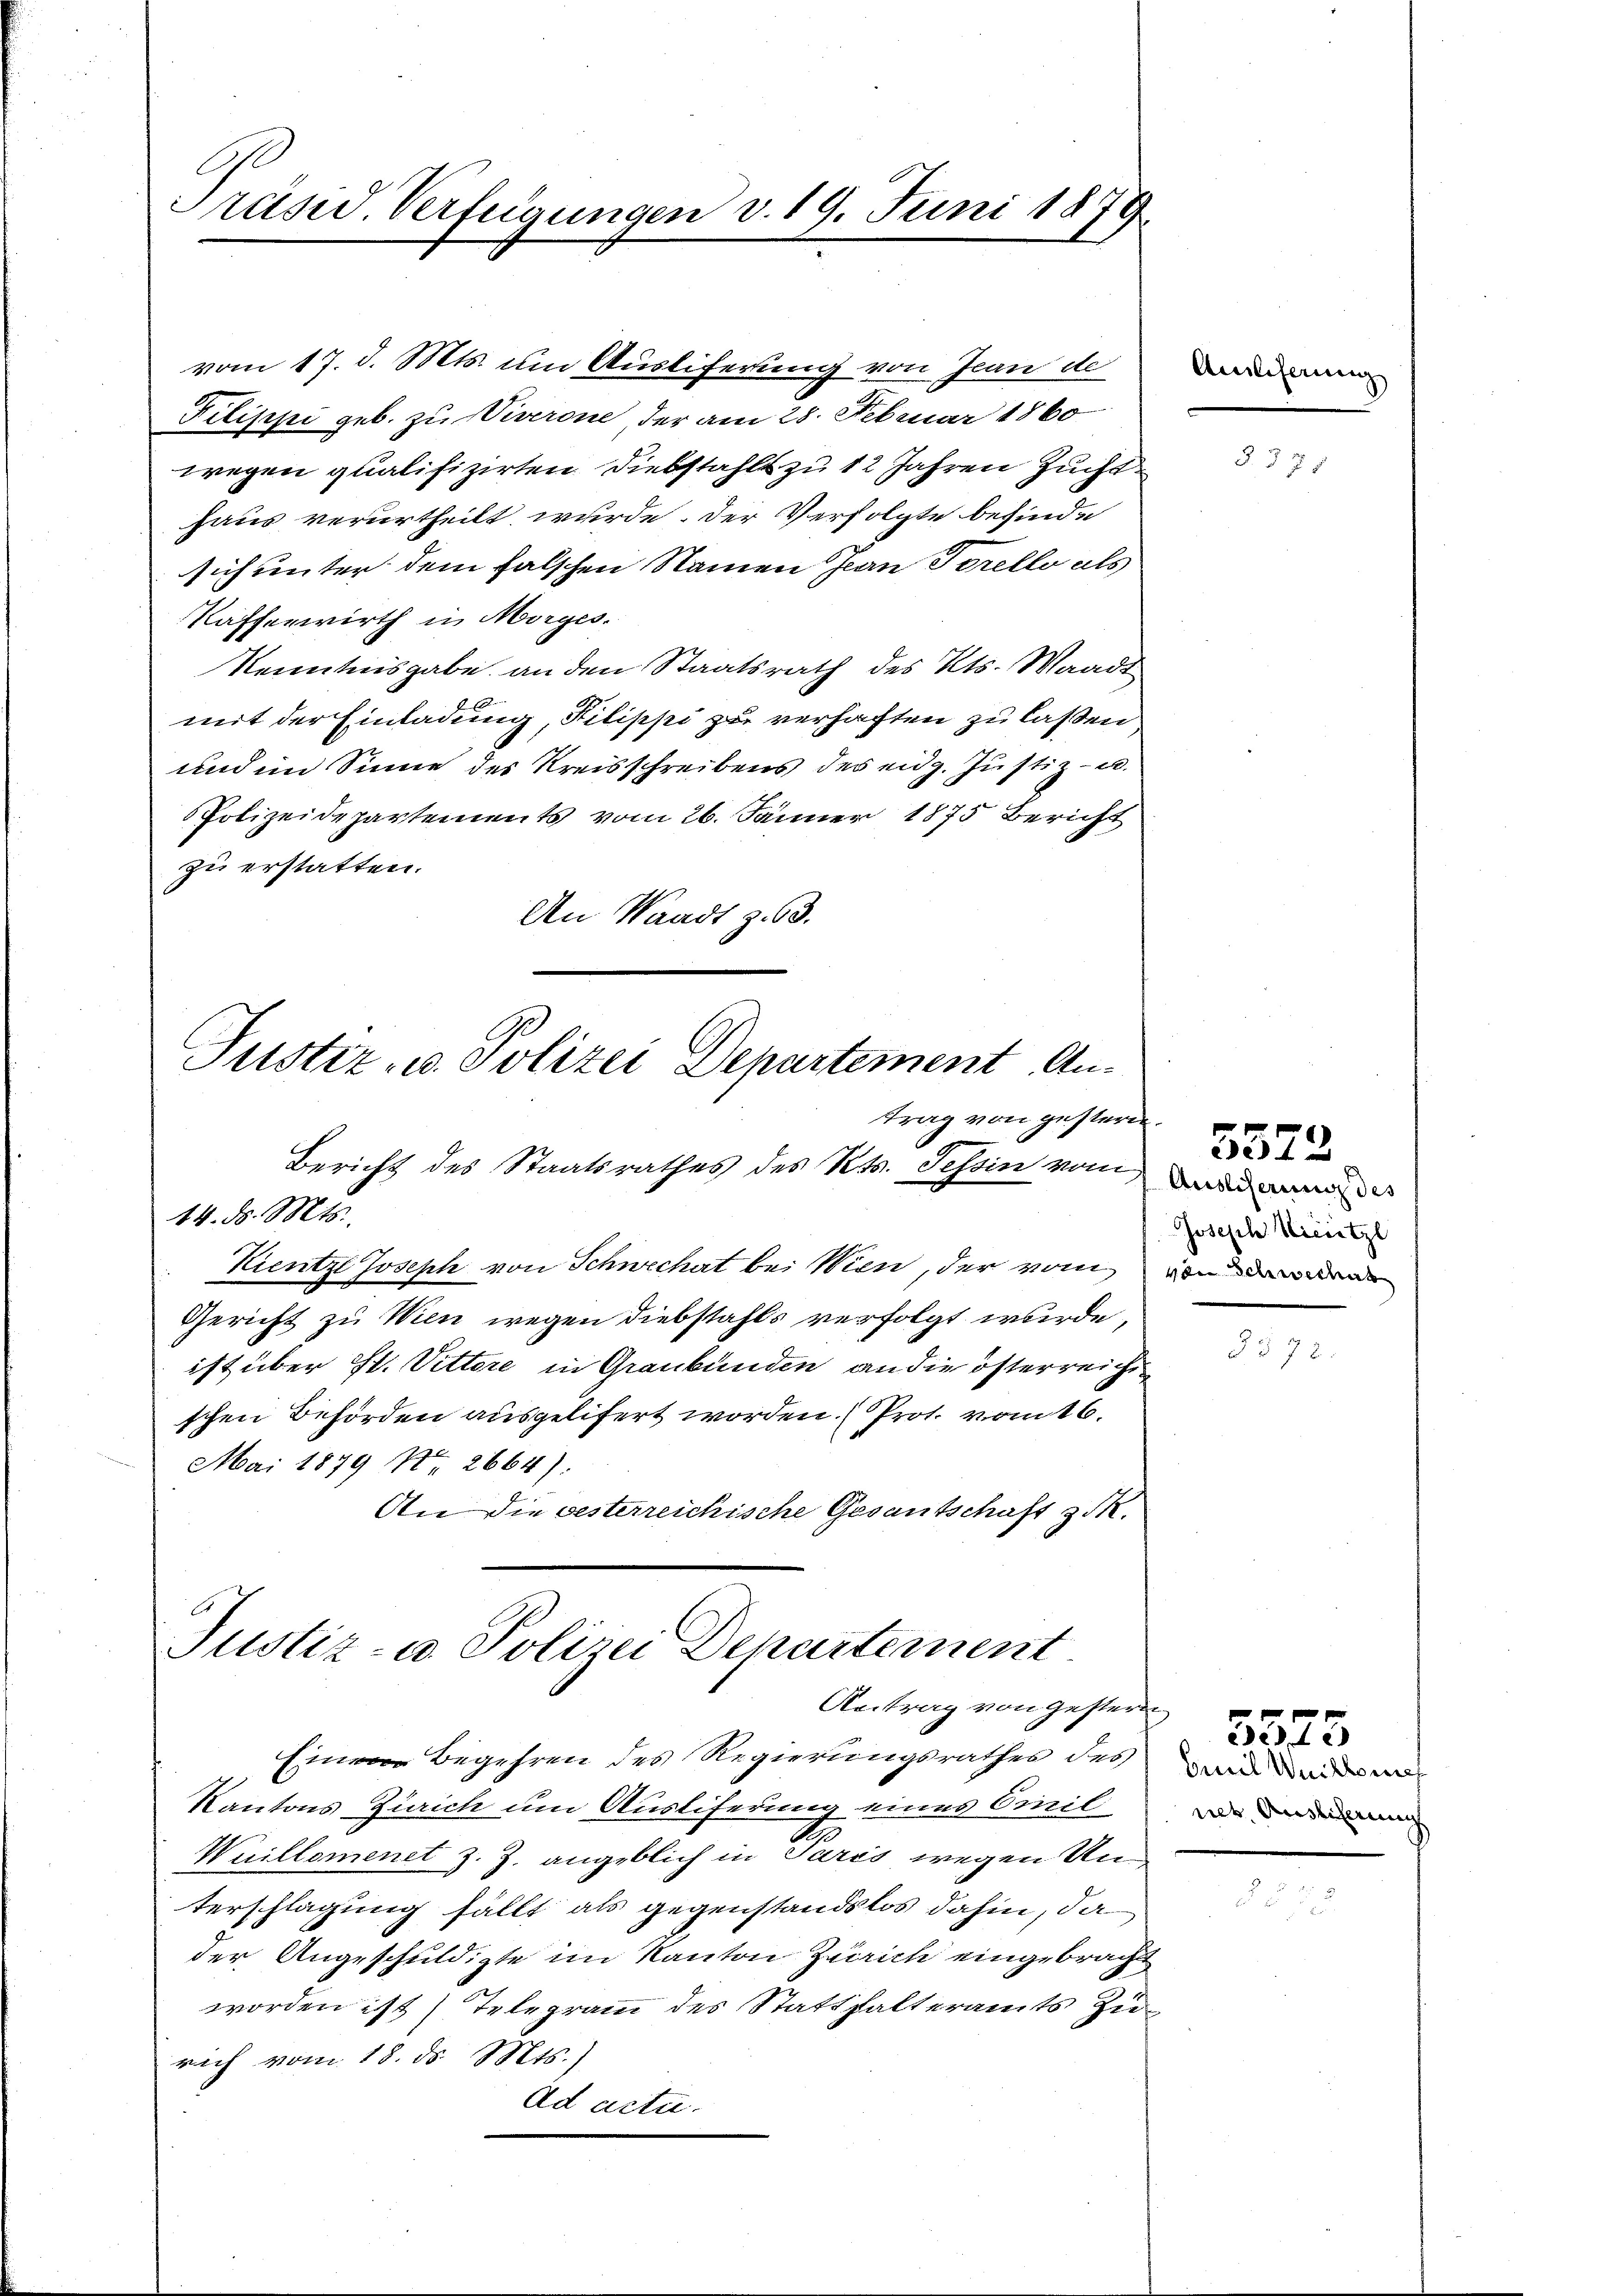
C
Präsid. Verfügungen v. 19. Juni 1879.

Pilippe geb. zu Viverone der am 28. Februar 1860
wegen qualifizirten Diebstahls zu 12 Jahren Zucht
haus verurtheilt wurde. Der Verfolgte befinde
sich unter dem falschen Namen Jean Torello als
Kafferwirth in Morges.
Kenntnisgabe an den Staatsrath des Kts. Waadt
mit der Einladung, Pilippi zu verhaften zu laßen
und im Sinne des Kreisschreibens des eidg. Justiz- u.
Polizeidepartements vom 26. Jänner 1875 Bericht
zu erstatten.
An Waadt z. 63.

vom 17. d. Mts. um Ausliferung von Jean de

Justiz- u. Polizei Departement Antrag von gestern.

Bericht des Staatsrathes des Kts. Tessin vom Bunden
Kientz Joseph von Schwechat bei Wien, der vom
Gericht zu Wien wegen Diebstahls verfolgt wurde,
ist über St. Vittore in Graubünden an die österreichig
schen Behörden ausgelifert worden. (Prot. vom 16.
Mai 1879 No 2664).
An die gesterreichische Gesantschaft z.

14. d. Mts.

Justiz- u. Polizei Departement
Antrag von gestern

Amliferung

Einem Begehren des Regierungsrathes des wir ander
Kantons Zürich um Auslieferung eines Civil
g
Wuillomenet z. Z. angeblich in Paris wegen Unterschlagung fällt als gegenstandslos dahin, da
der Angeschuldigte im Kanton Zürich eingebracht
worden ist Telegramm des Statthalteramts Zurich vom 18. ds. Mts.)
Ad actu

§. 375

Joseph Wiesetzl
n Schwechs

5572

B

net. Auslicherung

5525